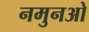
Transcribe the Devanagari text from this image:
नमुनओ